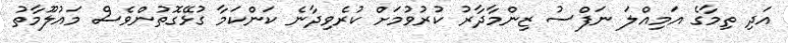
އަދި ތިމާގެ އަމިއްލަ ނަފްސު ޒިންމާދާރު ކުރުވުމަށް ކުރެވިދާނެ ކަންކަމާ ގުޅޭގޮތުންވެސް މައުލޫމާތު